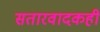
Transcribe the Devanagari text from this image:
सतारवादकही